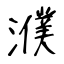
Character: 濮